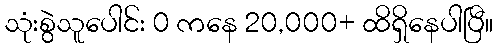
သုံးစွဲသူပေါင်း 0 ကနေ 20,000+ ထိရှိနေပါပြီ။